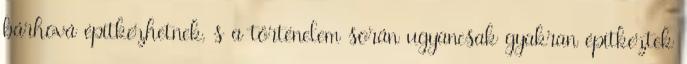
bárhová építkezhetnek, s a történelem során ugyancsak gyakran építkeztek